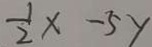
\frac { 1 } { 2 } x - 5 y